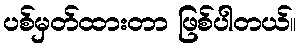
ပစ်မှတ်ထားတာ ဖြစ်ပါတယ်။